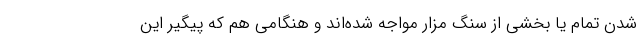
شدن تمام یا بخشی از سنگ مزار مواجه شده‌اند و هنگامی هم که پیگیر این